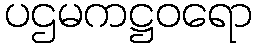
ပဌမကဋ္ဌဝရော